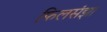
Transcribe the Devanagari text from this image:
फिलसंझा